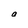
Character: a